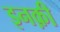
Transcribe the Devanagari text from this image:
इनक़ी